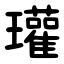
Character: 瓘